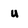
Character: u